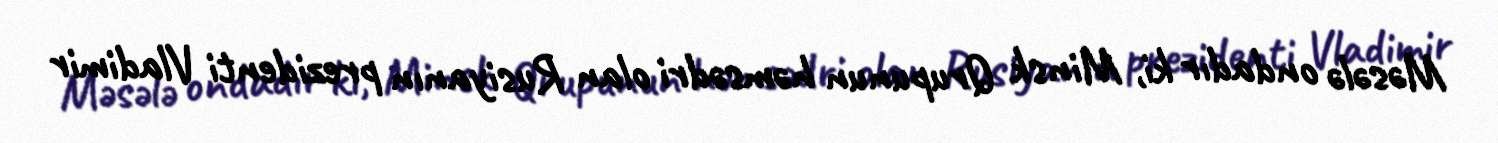
Məsələ ondadır ki, Minsk Qrupunun həmsədri olan Rusiyanın prezidenti Vladimir